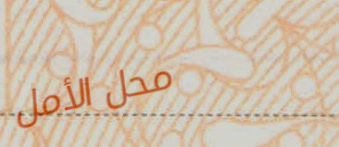
محل الأمل